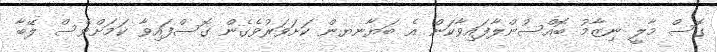
ގޮސް މާލީ ނިޒާމު ބޮއްސުންލާފައިވާކަން އެ ބަޔާނޔން ކަށަވަރުވެގެން ގޮސްފައިވާ ކަމަށްވެސް ލޭބާ